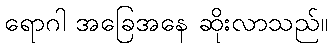
ရောဂါ အခြေအနေ ဆိုးလာသည်။